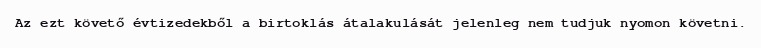
Az ezt követő évtizedekből a birtoklás átalakulását jelenleg nem tudjuk nyomon követni.